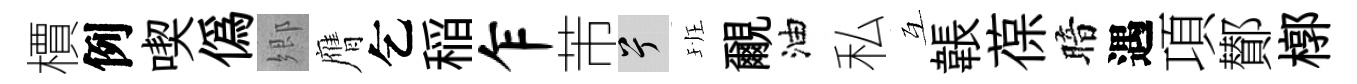
檟例喫偽郷膺乞稲乍芾兮班覼油私互韔葆暗遇項鄼槨